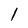
Character: 1